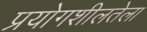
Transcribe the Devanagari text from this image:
प्रयोगशीलतेला